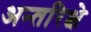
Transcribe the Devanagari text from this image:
अन्तरिक्षे